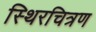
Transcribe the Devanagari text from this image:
स्थिरचित्रण